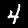
Label: 4